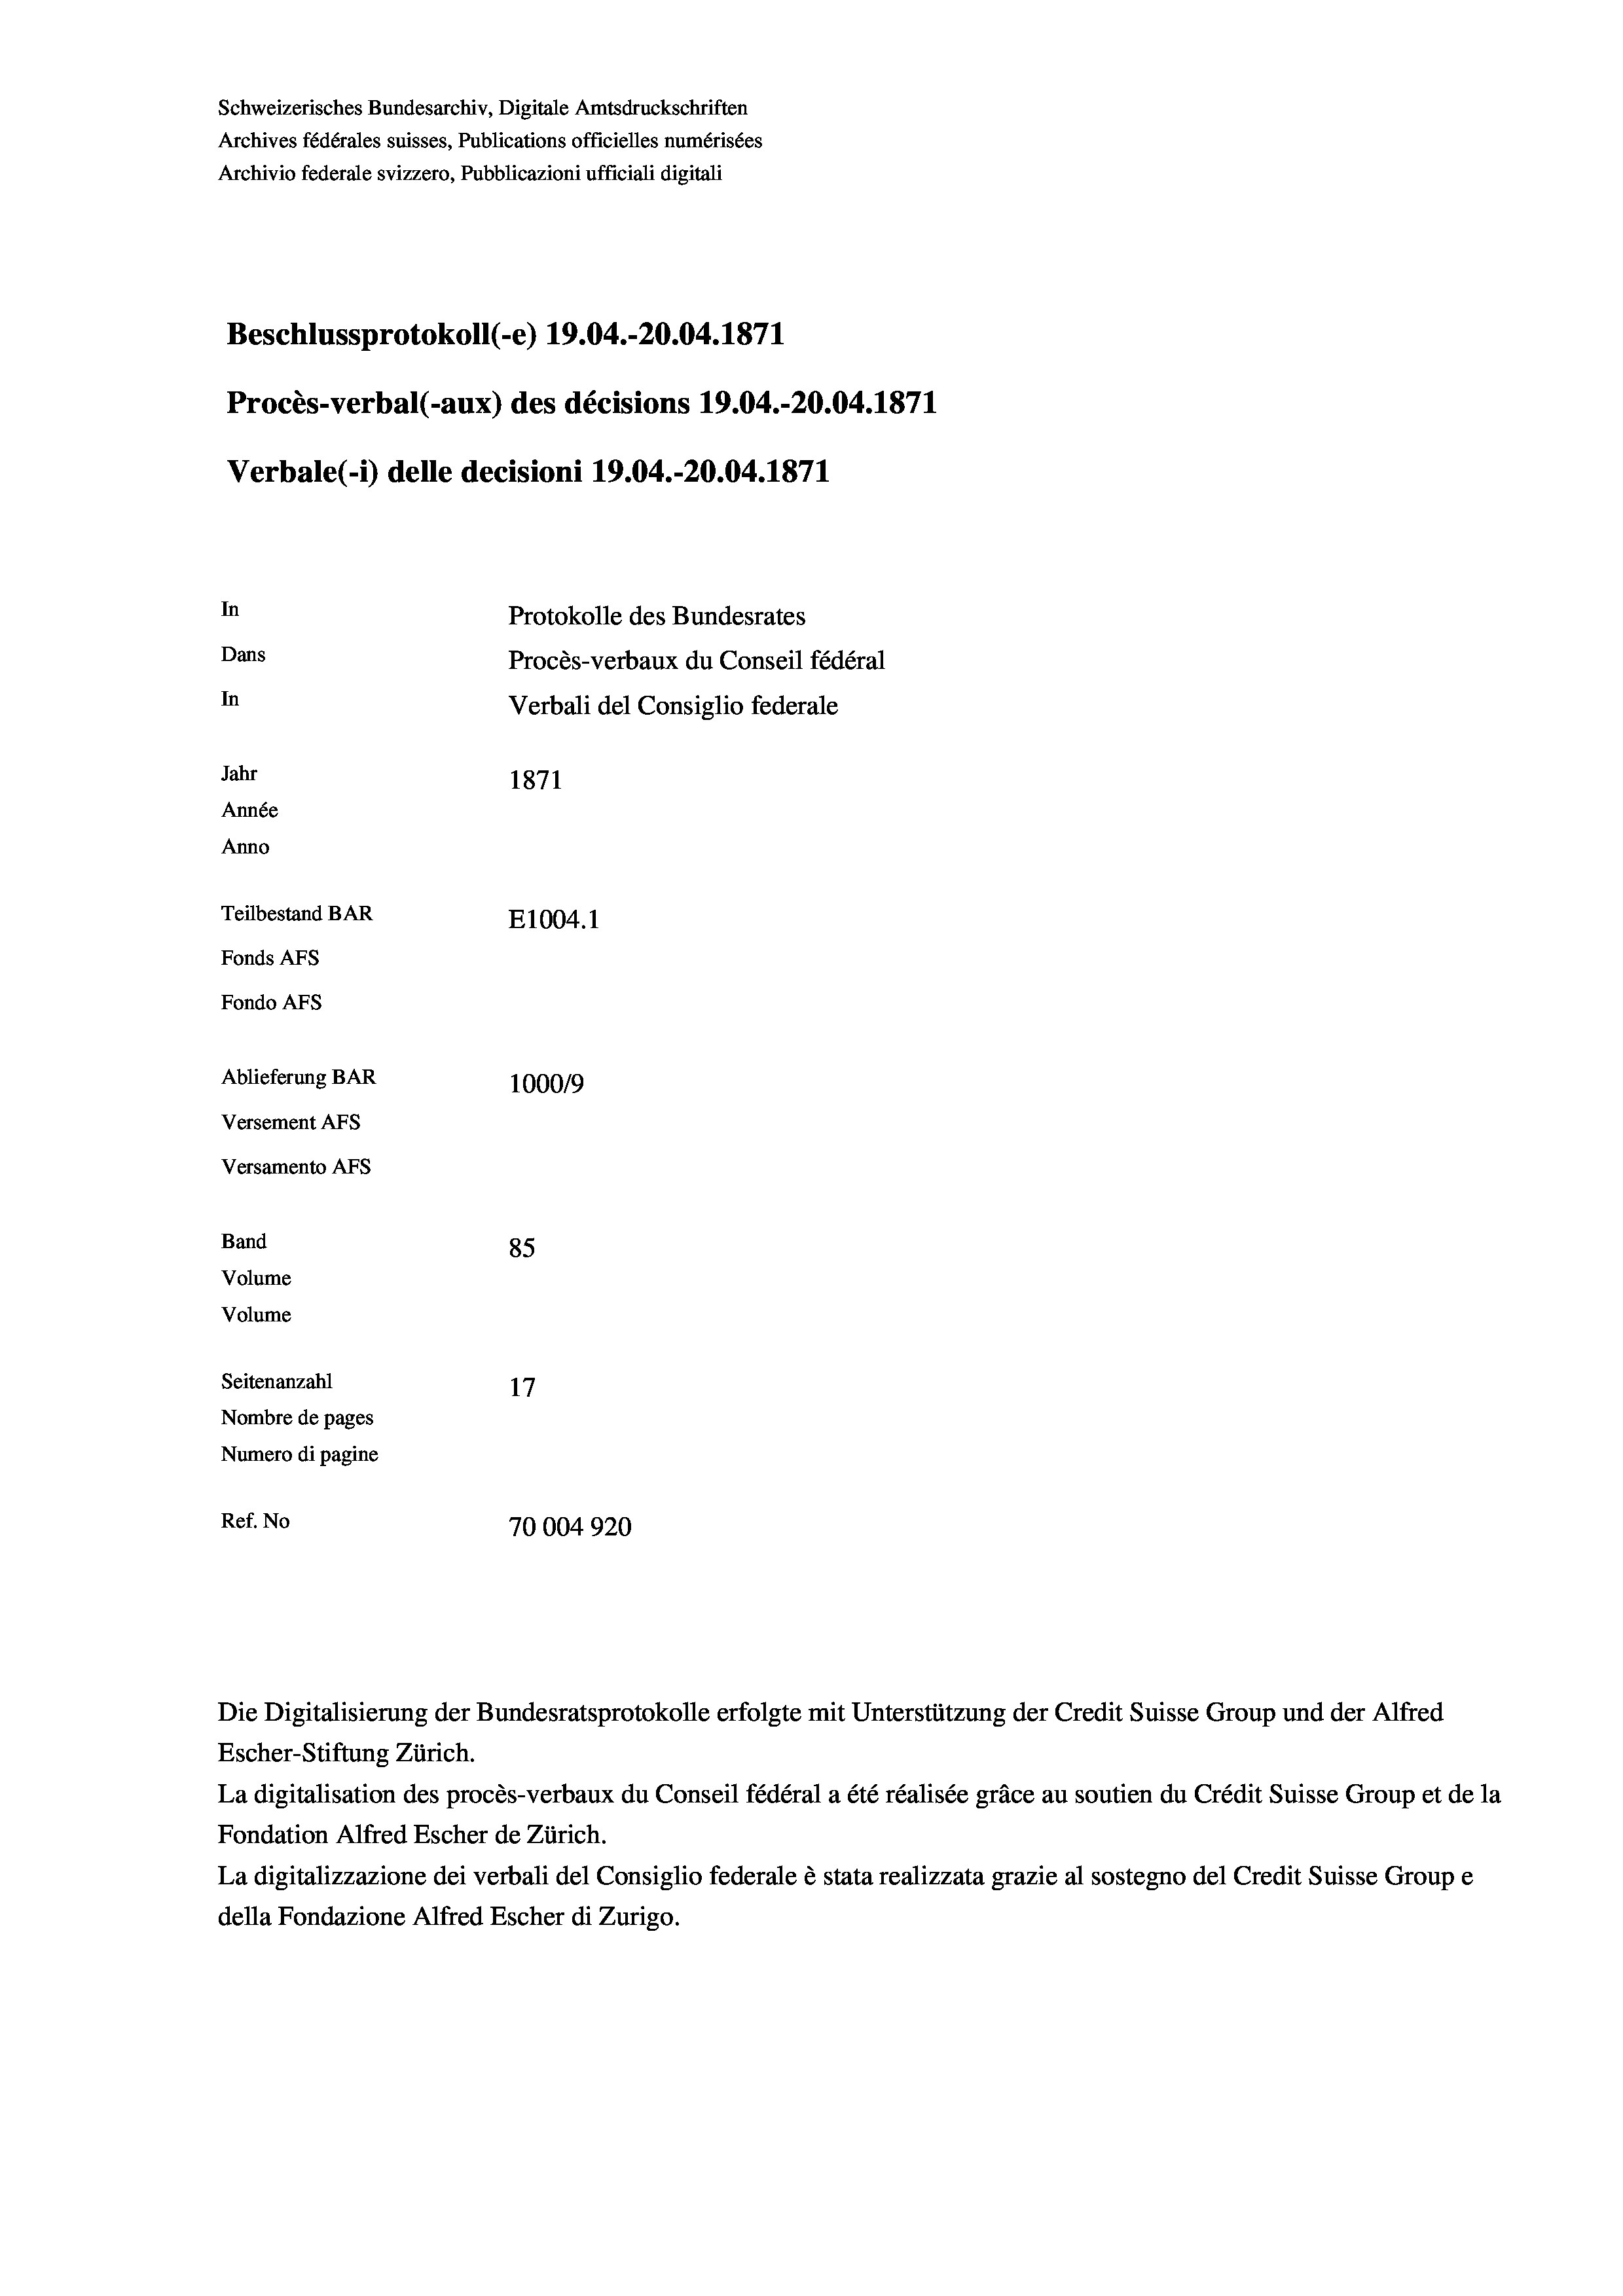
Schweizerisches Bundesarchiv, Digitale Amtsdruckschriften
Archives fédérales suisses, Publications officielles numérisées
Archivio federale svizzero, Pubblicazioni ufficiali digitali
Beschlussprotokoll (-e) 19.04.-20.04. 1871
Procès-verbal (-aux) des décisions 19.04.-20.04. 1871
Verbale (- 1) delle decisioni 19.04.-20.04. 1871
In
Protokolle des Bundesrates
Dans
Procès-verbaux du Conseil fédéral
In
Verbali del Consiglio federale
Jahr
1871
Année
Anno
Teilbestand BAR
E1004. 1
Fonds AFs
Fondo Afs
Ablieferung BAR
100019
Versement AFs
Versamento AFs
Band
85
Volume
Volume
Seitenanzahl
17
Nombre de pages
Numero di pagine
Ref. No
70004920

Escher-Stiftung Zürich.
La digitalisation des procès-verbaux du Conseil fédéral a été réalisée gräce au soutien du Crédit Suisse Group et de la
Fondation Alfred Escher de Zürich.
La digitalizzazione dei verbali del Consiglio federale è stata realizzata grazie al sostegno del Credit Suisse Groupe
della Fondazione Alfred Escher di Zurigo.

Die Digitalisierung der Bundesratsprotokolle erfolgte mit Unterstützung der Credit Suisse Group und der Alfred